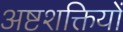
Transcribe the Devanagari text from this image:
अष्टशक्तियों